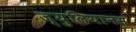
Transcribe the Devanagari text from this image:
ज्युलियानस